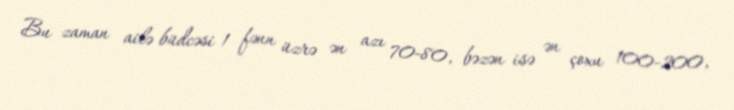
Bu zaman ailə büdcəsi 1 fənn üzrə ən azı 70-80, bəzən isə ən çoxu 100-200,